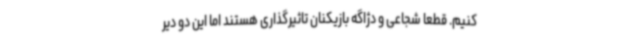
کنیم. قطعا شجاعی و دژاگه بازیکنان تاثیرگذاری هستند اما این دو دیر